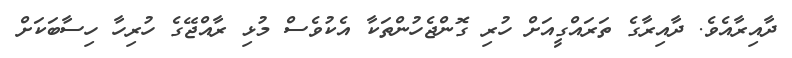
ދާއިރާއެވެ. ދާއިރާގެ ތަރައްގީއަށް ހުރި ގޮންޖެހުންތަކާ އެކުވެސް މުޅި ރާއްޖޭގެ ހުރިހާ ހިސާބަކަށް